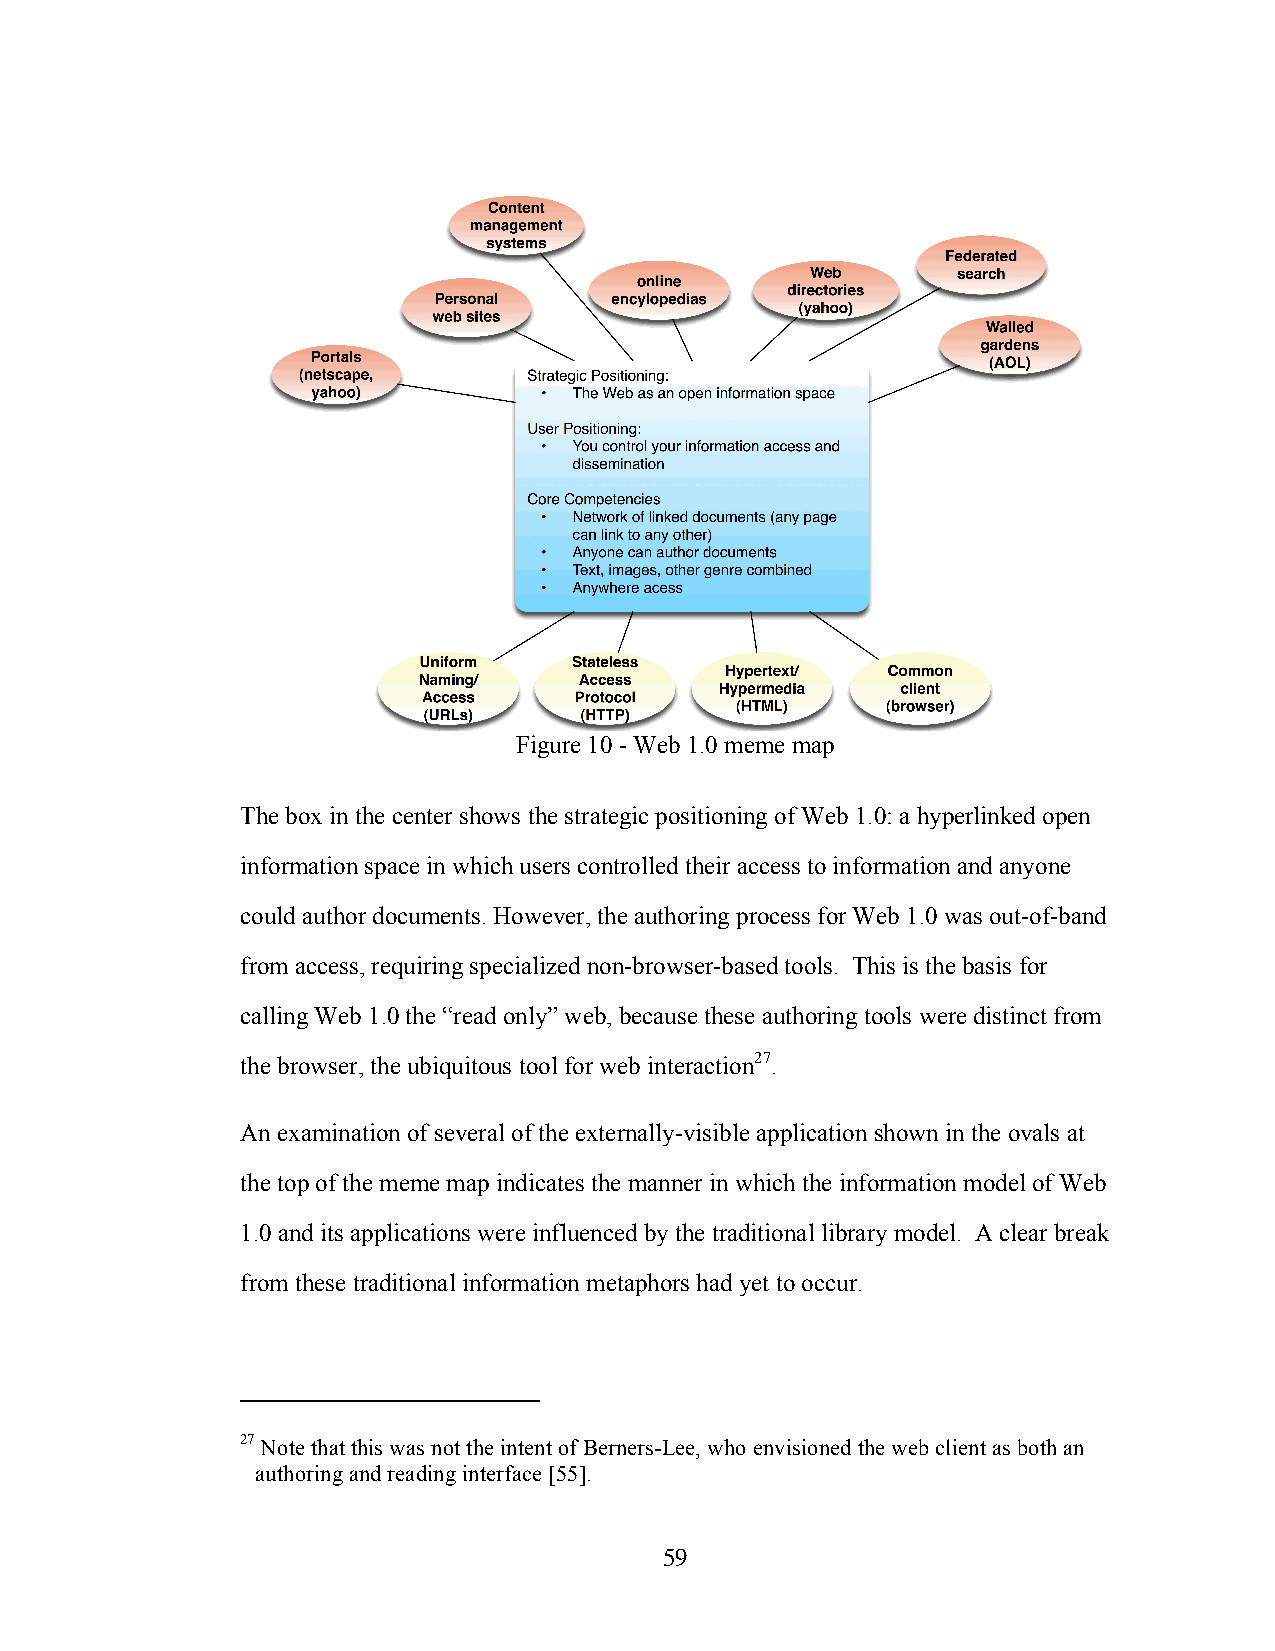
Figure 10 - Web 1.0 meme map
 The box in the center shows the strategic positioning of Web 1.0: a hyperlinked open
 information space in which users controlled their access to information and anyone
 could author documents. However, the authoring process for Web 1.0 was out-of-band
 from access, requiring specialized non-browser-based tools. This is the basis for
 calling Web 1.0 the “read only” web, because these authoring tools were distinct from
 the browser, the ubiquitous tool for web interaction27.
 An examination of several of the externally-visible application shown in the ovals at
 the top of the meme map indicates the manner in which the information model of Web
 1.0 and its applications were influenced by the traditional library model. A clear break
 from these traditional information metaphors had yet to occur.
 27 Note that this was not the intent of Berners-Lee, who envisioned the web client as both an
 authoring and reading interface [55].
 59